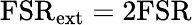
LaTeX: \mathrm{FSR}_{\mathrm{ext}}=2\mathrm{FSR}